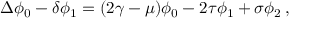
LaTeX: \Delta \phi _ { 0 } - \delta \phi _ { 1 } = ( 2 \gamma - \mu ) \phi _ { 0 } - 2 \tau \phi _ { 1 } + \sigma \phi _ { 2 } \, ,